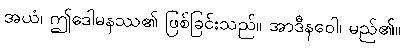
အယံ၊ ဤဒေါမနဿ၏ ဖြစ်ခြင်းသည်။ အာဒီနဝေါ၊ မည်၏။